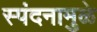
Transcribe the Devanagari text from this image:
स्पंदनामुळे